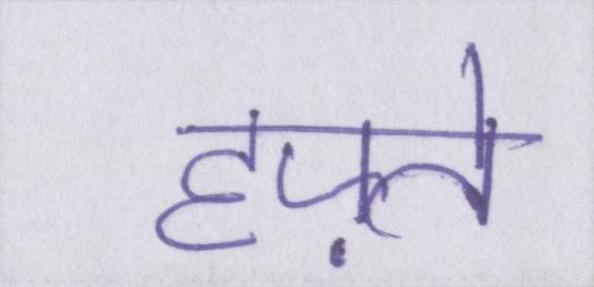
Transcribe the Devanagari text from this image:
हफ़्ते